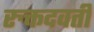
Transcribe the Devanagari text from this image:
रुक्तदवती